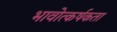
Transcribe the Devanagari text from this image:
भावोत्कर्षकता